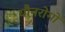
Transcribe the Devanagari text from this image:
यौनरोगों